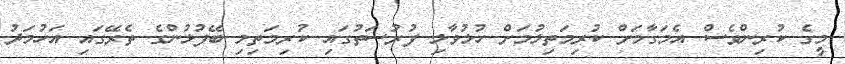
މީގެ ކުރިންވެސް އެމަގާމަށް ކުރިމަތިލުމަށް ހުޅުވާލި ފުރުސަތުގައި ކުރިމަތިލި ބޭފުޅުންގެ ތެރޭގައި އަހުމަދު